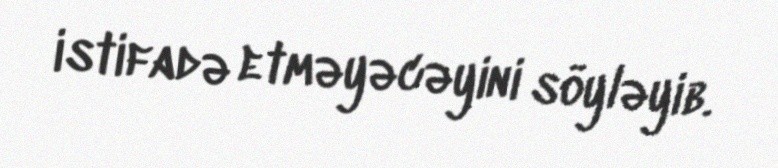
istifadə etməyəcəyini söyləyib.